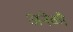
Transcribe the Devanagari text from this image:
अनेकौं